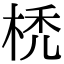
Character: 𣒇